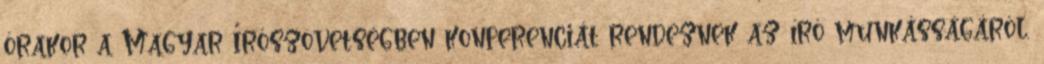
órakor a Magyar Írószövetségben konferenciát rendeznek az író munkásságáról.